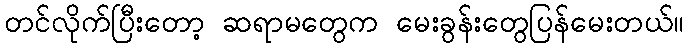
တင်လိုက်ပြီးတော့ ဆရာမတွေက မေးခွန်းတွေပြန်မေးတယ်။